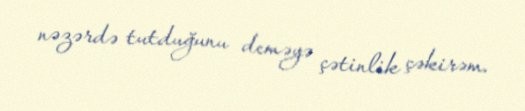
nəzərdə tutduğunu deməyə çətinlik çəkirəm.